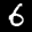
Label: 6